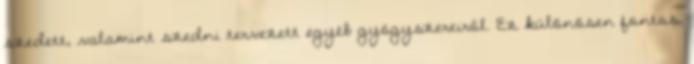
szedett, valamint szedni tervezett egyéb gyógyszereiről. Ez különösen fontos,